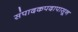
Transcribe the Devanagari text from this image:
संपादकपदापासून